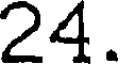
24.